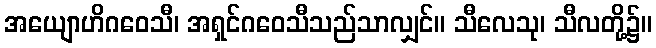
အယျောဟိဂဝေသီ၊ အရှင်ဂဝေသီသည်သာလျှင်။ သီလေသု၊ သီလတို့၌။